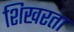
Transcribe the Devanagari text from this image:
शिखरता